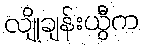
လျိုချန်းယွီက